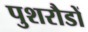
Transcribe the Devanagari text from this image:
पुशरौडों